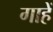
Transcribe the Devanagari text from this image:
गाहें